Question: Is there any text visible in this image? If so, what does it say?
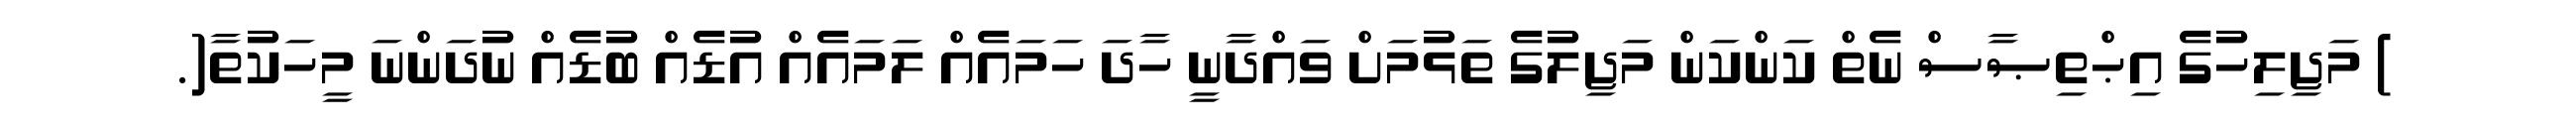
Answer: ) މަޖިލިހުގެ އިޙްތިޞާސް ނެތް ކަންކަން މަޖިލުގެ ތަޅުމަށް ވައްދާނީ ހާދަ ހަމައެއް ލަމައެއް އުޑެއް ބުޑެއް ނުދަންނަ މީހަކުތާ(.